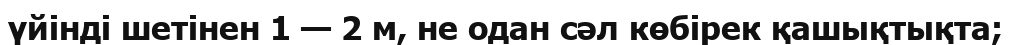
үйінді шетінен 1 — 2 м, не одан сәл көбірек қашықтықта;